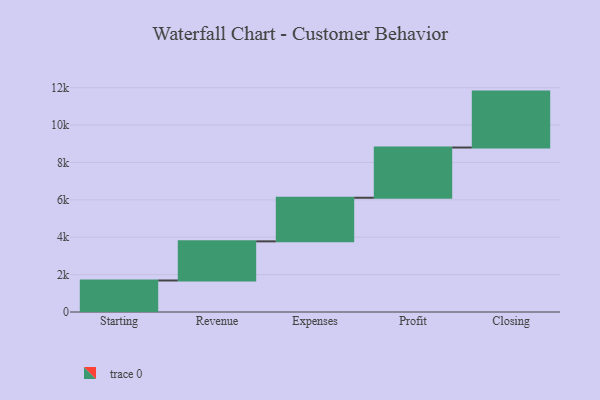
{"axis": {"x": "Step", "y": "Value"}, "legend": [""], "data": [{"x": "Starting", "y": 1686.0, "type": ""}, {"x": "Revenue", "y": 2093.0, "type": ""}, {"x": "Expenses", "y": 2332.0, "type": ""}, {"x": "Profit", "y": 2687.0, "type": ""}, {"x": "Closing", "y": 2991.0, "type": ""}]}